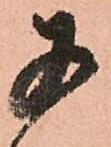
あ